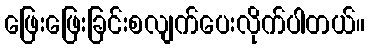
ဖြေးဖြေးခြင်းစလျက်ပေးလိုက်ပါတယ်။